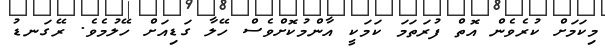
މިކަމަށް ކުރެވެން އޮތް ފުރަތަމަ ކަމަކީ އާންމުކޮށްވެސް ހޭލާ ގަޑިއަށް ހޭލުމެވެ. ރޭގަނޑު